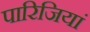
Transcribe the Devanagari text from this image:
पारिजियां